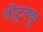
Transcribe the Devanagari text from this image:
वीटुक्कू